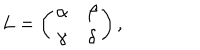
LaTeX: L = \left( \begin{matrix} { { \alpha } } & { { \beta } } \\ { { \gamma } } & { { \delta } } \\ \end{matrix} \right) ,